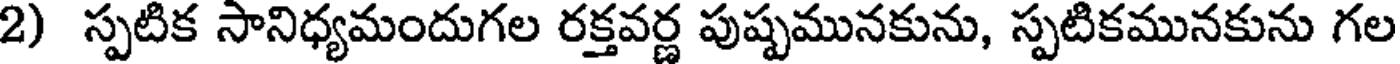
2) స్పటిక సానిధ్యమందుగల రక్తవర్ణ పుష్పమునకును, స్పటికమునకును గల